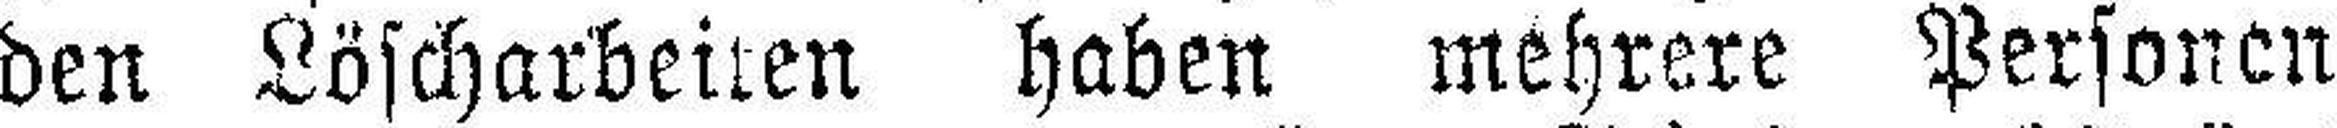
den Löscharbeiten haben mehrere Personen